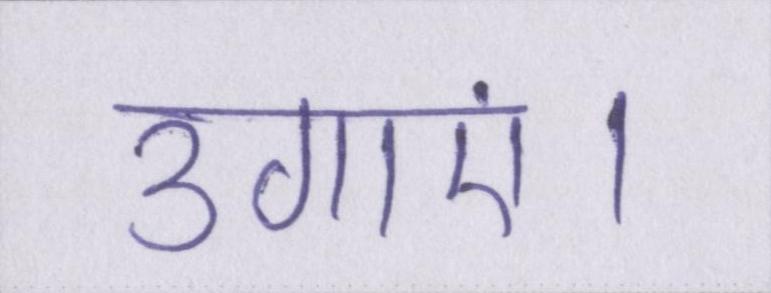
उगाएं।